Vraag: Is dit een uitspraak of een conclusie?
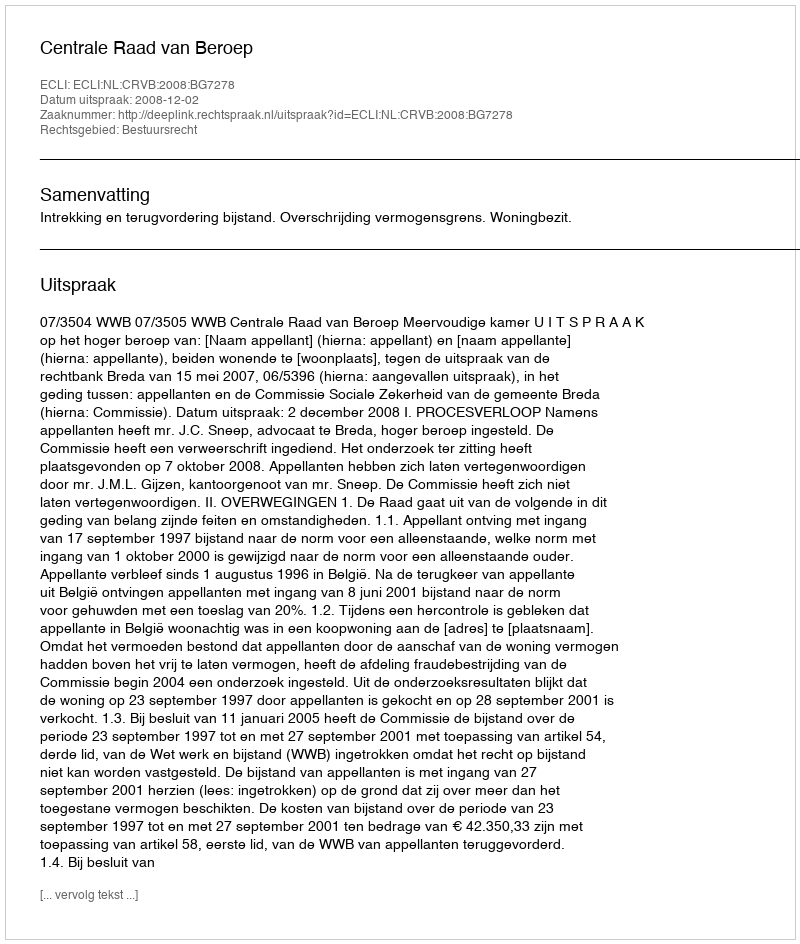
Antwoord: Uitspraak